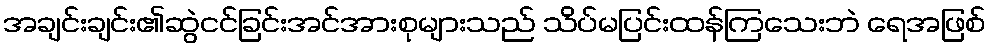
အချင်းချင်း၏ဆွဲငင်ခြင်းအင်အားစုများသည် သိပ်မပြင်းထန်ကြသေးဘဲ ရေအဖြစ်